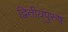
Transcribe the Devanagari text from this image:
द्वितीयपुरुष